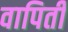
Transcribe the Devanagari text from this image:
वापिती